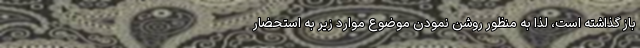
باز گذاشته است، لذا به منظور روشن نمودن موضوع موارد زیر به استحضار